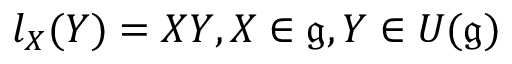
l _ { X } ( Y ) = X Y , X \in { \mathfrak { g } } , Y \in U ( { \mathfrak { g } } )